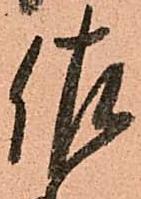
佐